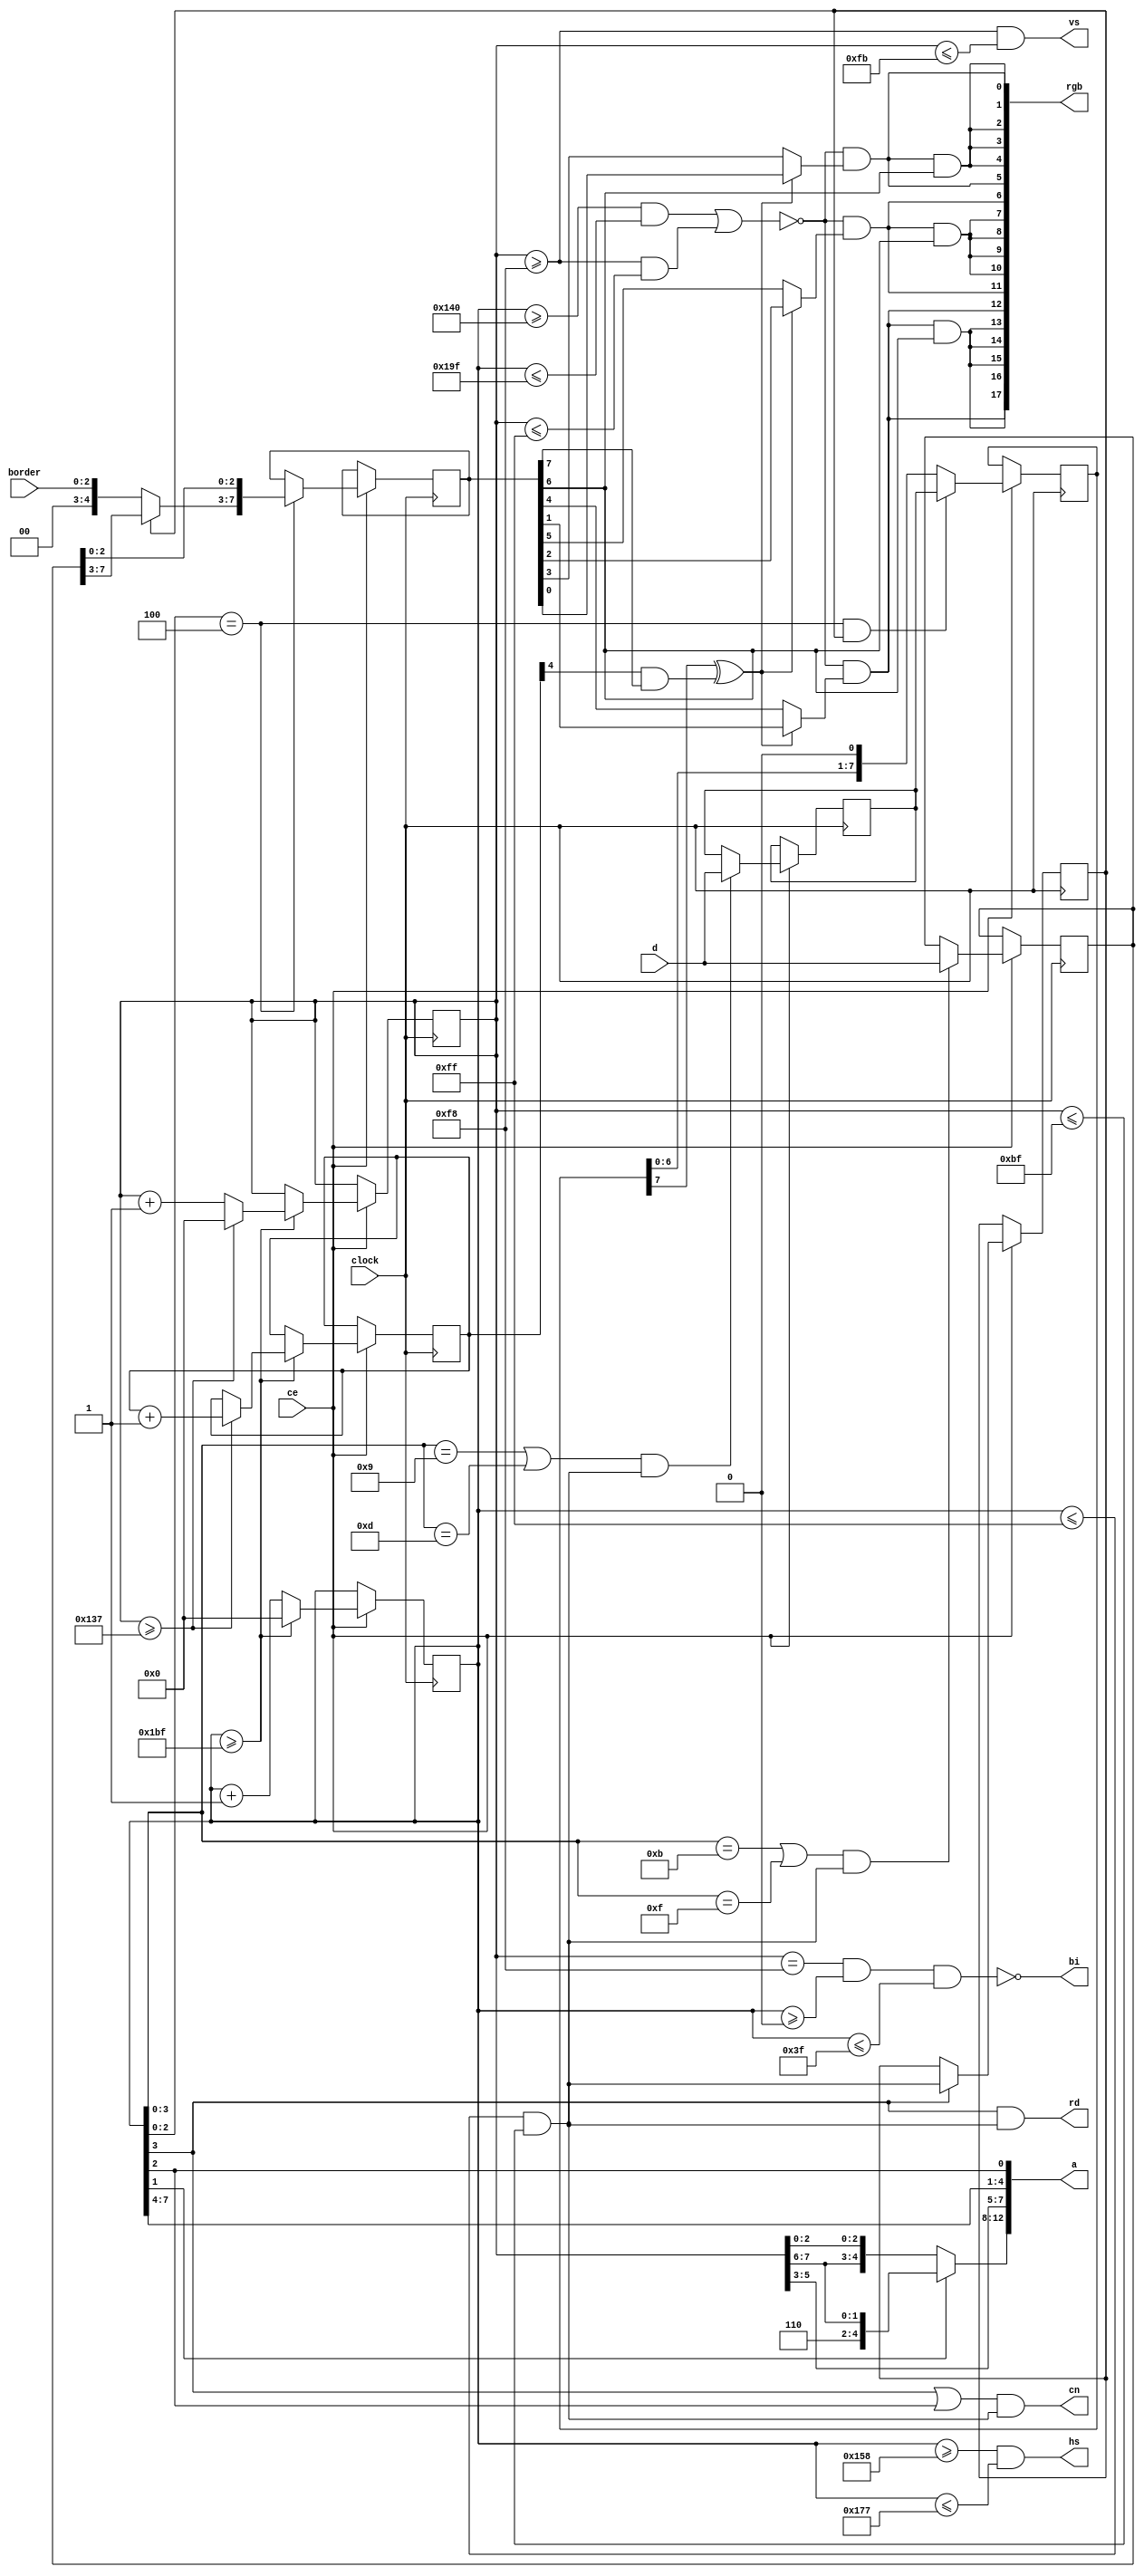
//-------------------------------------------------------------------------------------------------
module vdu
//-------------------------------------------------------------------------------------------------
(
	input  wire       clock,
	input  wire       ce,
	input  wire[ 2:0] border,
	output wire       bi,
	output wire       cn,
	output wire       rd,
	input  wire[ 7:0] d,
	output wire[12:0] a,
	output wire       hs,
	output wire       vs,
	output wire[17:0] rgb
);
//-------------------------------------------------------------------------------------------------

reg[8:0] hCount;
wire hCountReset = hCount >= 447;
always @(posedge clock) if(ce) if(hCountReset) hCount <= 1'd0; else hCount <= hCount+1'd1;

reg[8:0] vCount;
wire vCountReset = vCount >= 311;
always @(posedge clock) if(ce) if(hCountReset) if(vCountReset) vCount <= 1'd0; else vCount <= vCount+1'd1;

reg[4:0] fCount;
always @(posedge clock) if(ce) if(hCountReset) if(vCountReset) fCount <= fCount+1'd1;

//-------------------------------------------------------------------------------------------------

wire dataEnable = hCount <= 255 && vCount <= 191;

reg videoEnable;
wire videoEnableLoad = hCount[3];
always @(posedge clock) if(ce) if(videoEnableLoad) videoEnable <= dataEnable;

//-------------------------------------------------------------------------------------------------

reg[7:0] dataInput;
wire dataInputLoad = (hCount[3:0] ==  9 || hCount[3:0] == 13) && dataEnable;
always @(posedge clock) if(ce) if(dataInputLoad) dataInput <= d;

reg[7:0] attrInput;
wire attrInputLoad = (hCount[3:0] == 11 || hCount[3:0] == 15) && dataEnable;
always @(posedge clock) if(ce) if(attrInputLoad) attrInput <= d;

reg[7:0] dataOutput;
wire dataOutputLoad = hCount[2:0] == 4 && videoEnable;
always @(posedge clock) if(ce) if(dataOutputLoad) dataOutput <= dataInput; else dataOutput <= { dataOutput[6:0], 1'b0 };

reg[7:0] attrOutput;
wire attrOutputLoad = hCount[2:0] == 4;
always @(posedge clock) if(ce) if(attrOutputLoad) attrOutput <= { videoEnable ? attrInput[7:3] : { 2'b00, border }, attrInput[2:0] };

//-------------------------------------------------------------------------------------------------

wire hSync = hCount >= 344 && hCount <= 375;
wire vSync = vCount >= 248 && vCount <= 251;

wire hBlank = hCount >= 320 && hCount <= 415;
wire vBlank = vCount >= 248 && vCount <= 255;

//-------------------------------------------------------------------------------------------------

wire dataSelect = dataOutput[7] ^ (fCount[4] & attrOutput[7]);
wire videoBlank = hBlank | vBlank;

wire r = !videoBlank && (dataSelect ? attrOutput[1] : attrOutput[4]);
wire g = !videoBlank && (dataSelect ? attrOutput[2] : attrOutput[5]);
wire b = !videoBlank && (dataSelect ? attrOutput[0] : attrOutput[3]);
wire i = attrOutput[6];

//-------------------------------------------------------------------------------------------------

assign bi = !(vCount == 248 && hCount >= 0 && hCount <= 63);
assign cn = (hCount[3] || hCount[2]) && dataEnable;
assign rd = hCount[3] && dataEnable;

assign a = { !hCount[1] ? { vCount[7:6], vCount[2:0] } : { 3'b110, vCount[7:6] }, vCount[5:3], hCount[7:4], hCount[2] };

assign hs = hSync;
assign vs = vSync;
assign rgb = { r,{4{r&i}},r, g,{4{g&i}},g, b,{4{b&i}},b };

//-------------------------------------------------------------------------------------------------
endmodule
//-------------------------------------------------------------------------------------------------